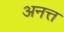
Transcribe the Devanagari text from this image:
अनत्त